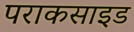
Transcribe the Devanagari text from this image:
पराकसाइड